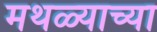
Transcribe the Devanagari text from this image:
मथळ्याच्या